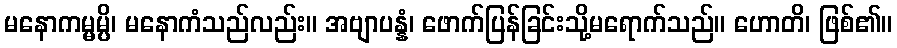
မနောကမ္မမ္ပိ၊ မနောကံသည်လည်း။ အဗျာပန္နံ၊ ဖောက်ပြန်ခြင်းသို့မရောက်သည်။ ဟောတိ၊ ဖြစ်၏။